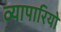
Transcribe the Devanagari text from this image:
व्यापारियो